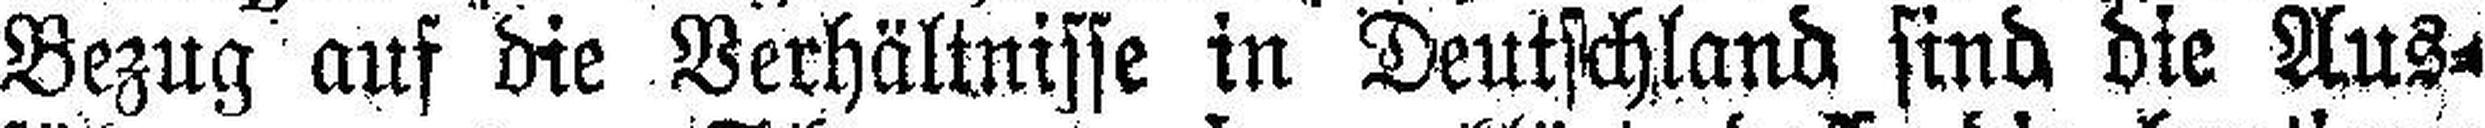
Bezug auf die Verhältnisse in Deutschland sind die Aus¬